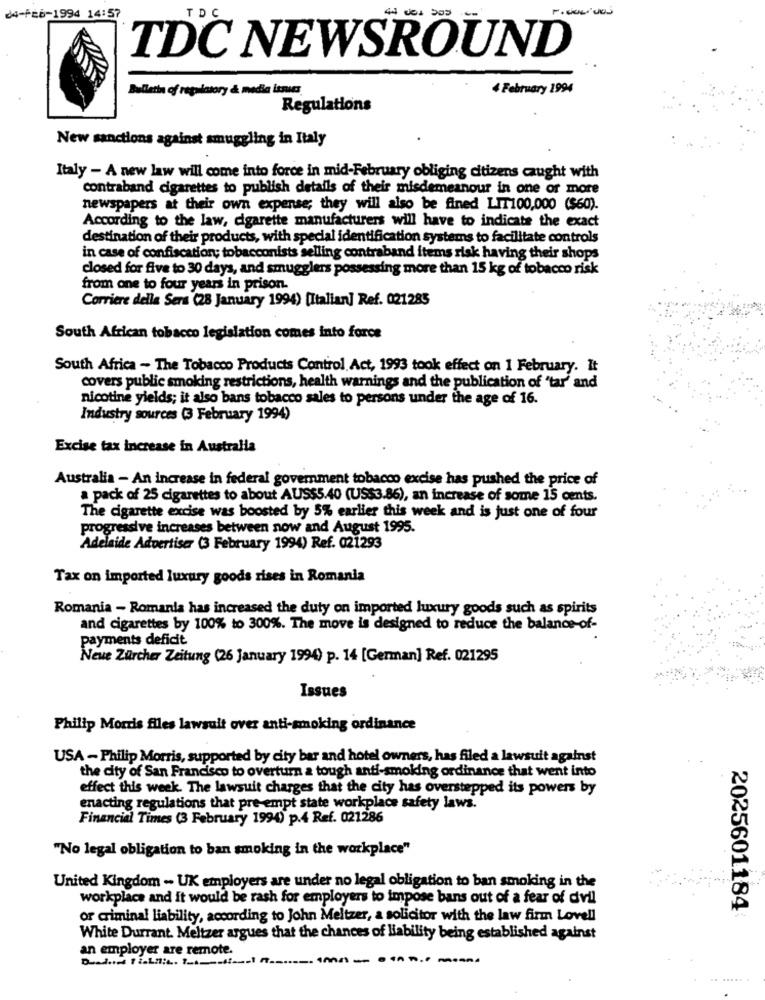
Ficosivos
04-FEB-1994 14:57
TDC
TDC NEWSROUND
Bulletin of regulatory & media ismus
4 February 1994
Regulations
New sanctions against smuggling in Italy
Italy - A new law will come into force in mid-February obliging citizens caught with
contraband cigarettes to publish details of their misdemeanour in one or more
newspapers at their own expense; they will also be fined LIT100,000 ($60).
According to the law, cigarette manufacturers will have to indicate the exact
destination of their products, with special identification systems to facilitate controls
in case of confiscation; tobacconists selling contraband items risk having their shops
closed for five to 30 days, and smugglers possessing more than 15 kg of tobacco risk
from one to four years in prison.
Corriere della Sera (28 January 1994) [Italian] Ref. 021285
South African tobacco legislation comes into force
South Africa - The Tobacco Products Control Act, 1993 took effect on 1 February. It
covers public smoking restrictions, health warnings and the publication of 'tar' and
nicotine yields; it also bans tobacco sales to persons under the age of 16.
Industry sources (3 February 1994)
Excise tax increase in Australia
Australia - An increase in federal government tobacco excise has pushed the price of
a pack of 25 cigarettes to about AUSS5.40 (US$3.86), an increase of some 15 cents.
The cigarette excise was boosted by 5% earlier this week and is just one of four
progressive increases between now and August 1995.
Adelaide Advertiser (3 February 1994) Ref. 021293
Tax on imported luxury goods rises in Romania
Romania - Romania has increased the duty on imported luxury goods such as spirits
and cigarettes by 100% to 300%. The move is designed to reduce the balance-of-
payments deficit
Neue Zürcher Zeitung (26 January 1994) p. 14 [German] Ref. 021295
Issues
Philip Morris files lawsuit over anti-smoking ordinance
USA - Philip Morris, supported by city bar and hotel owners, has filed a lawsuit against
the city of San Francisco to overturn a tough anti-smoking ordinance that went into
effect this week. The lawsuit charges that the city has overstepped its powers by
enacting regulations that pre-empt state workplace safety laws.
Financial Times (3 February 1994) p.4 Ref. 021286
"No legal obligation to ban smoking in the workplace"
United Kingdom - UK employers are under no legal obligation to ban smoking in the
workplace and it would be rash for employers to impose bans out of a fear of dvil
2025601184
or criminal liability, according to John Meltzer, a solicitor with the law firm Lovell
White Durrant. Meltzer argues that the chances of liability being established against
an employer are remote.